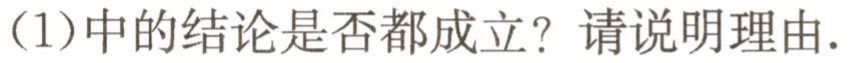
(1)中的结论是否都成立？请说明理由.